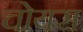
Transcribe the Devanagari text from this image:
चोयस